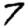
Digit: 7